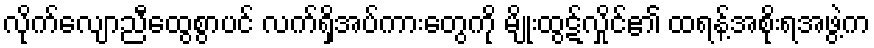
လိုက်လျောညီထွေစွာပင် လက်ရှိအပ်ကားတွေကို မျိုးထွဋ်လှိုင်၏ ထရန့်အစိုးရအဖွဲ့က